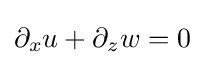
\partial _{x}u+\partial _{z}w=0